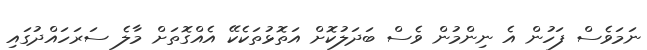
ނަމަވެސް ފަހުން އެ ނިންމުން ވެސް ބަދަލުކޮށް އަތޮޅުތަކެކޭ އެއްގޮތަށް މާލެ ސަރަހައްދުގައި